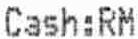
CASH:RM